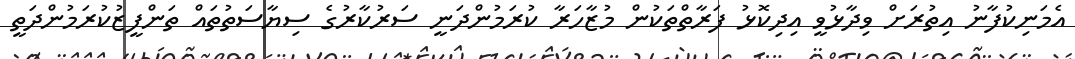
އެމަނިކުފާނު އިތުރަށް ވިދާޅުވީ އިދިކޮޅު ފަރާތްތަކުން މުޒާހަރާ ކުރަމުންދަނީ ސަރުކާރުގެ ސިޔާސަތުތައް ތަންފީޒުކުރަމުންދަތީ